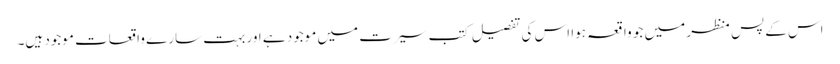
اس کے پس منظر میں جو واقعہ ہوا اس کی تفصیل کتب سیرت میں موجود ہے اور بہت سارے واقعات موجود ہیں۔